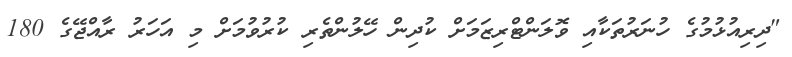
"ދިރިއުޅުމުގެ ހުނަރުތަކާއި ވޮލަންޓްރިޒަމަށް ކުދިން ހޭލުންތެރި ކުރުވުމަށް މި އަހަރު ރާއްޖޭގެ 180